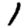
Digit: 1